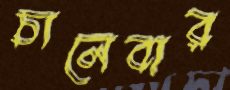
চালেবার